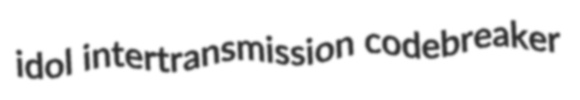
idol intertransmission codebreaker